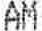
AM